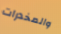
والمخدرات